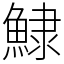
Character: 𩸙